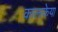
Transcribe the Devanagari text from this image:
कालाकेया